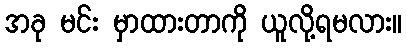
အခု မင်း မှာထားတာကို ယူလို့ရမလား။